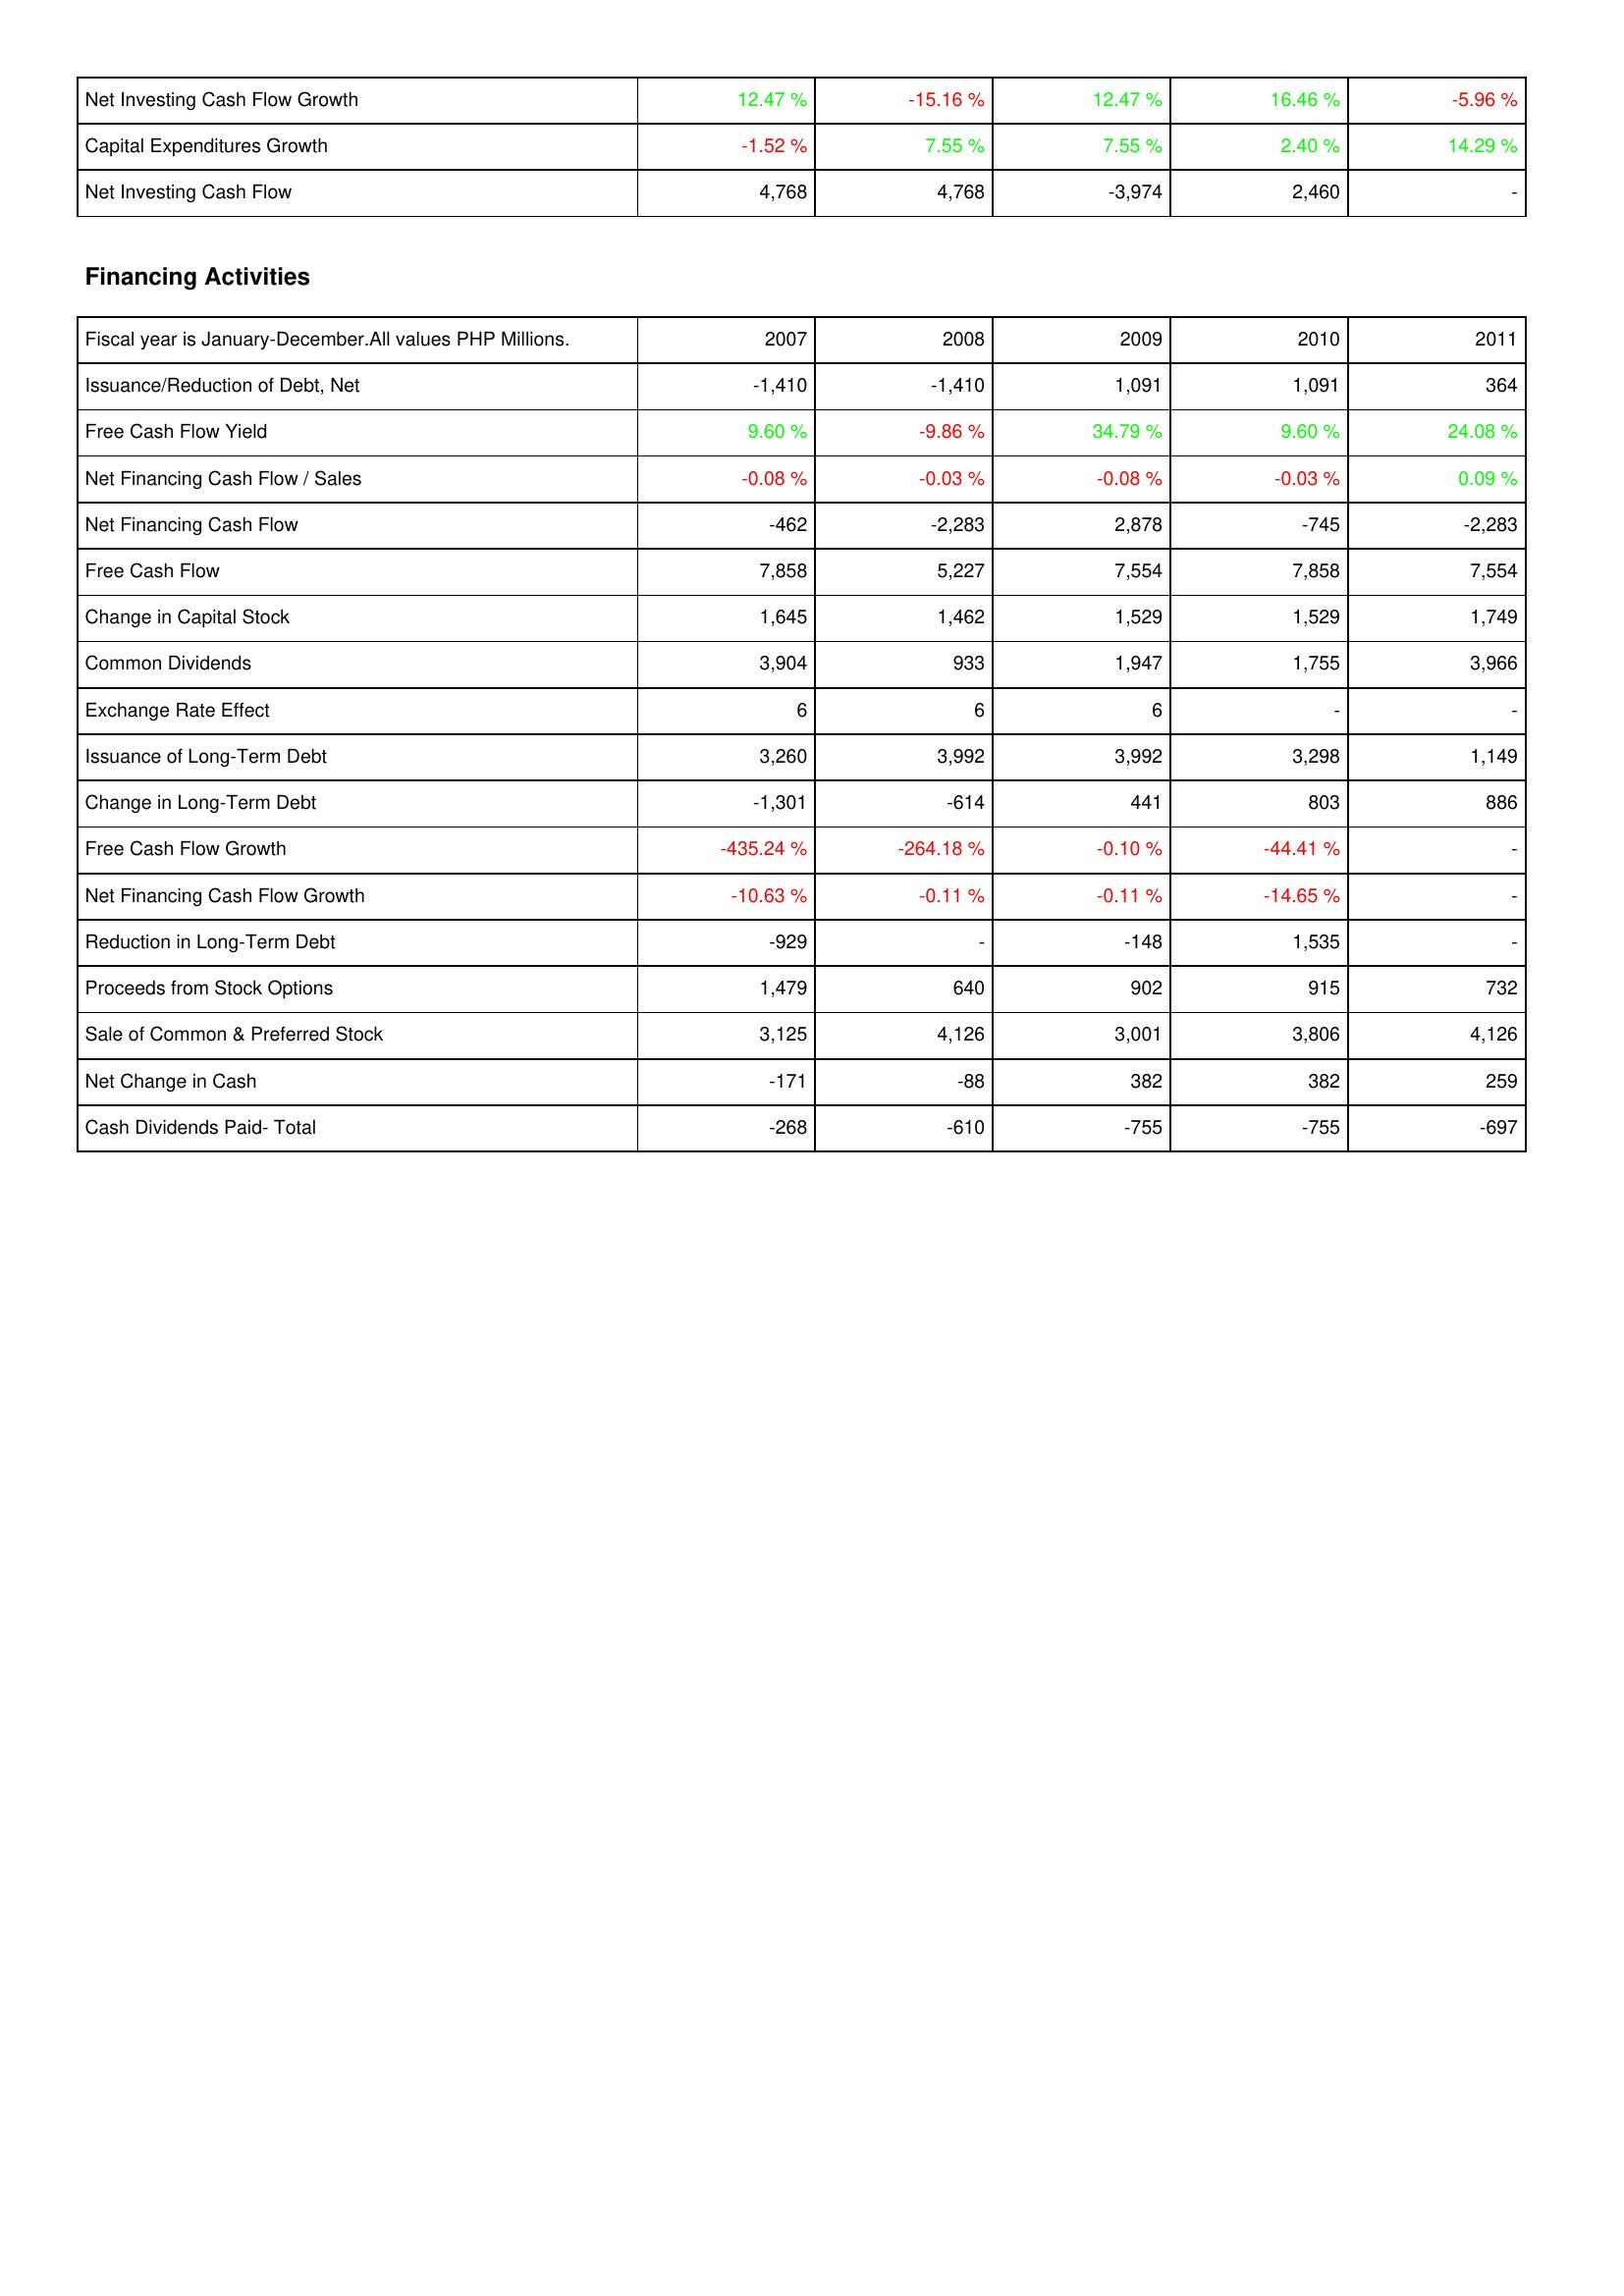
2007: Investing Activities: Net Investing Cash Flow Growth: 12.47 %
Capital Expenditures Growth: -1.52 %
Net Investing Cash Flow: 4,768
Financing Activities: Issuance/Reduction of Debt, Net: -1,410
Free Cash Flow Yield: 9.60 %
Net Financing Cash Flow / Sales: -0.08 %
Net Financing Cash Flow: -462
Free Cash Flow: 7,858
Change in Capital Stock: 1,645
Common Dividends: 3,904
Exchange Rate Effect: 6
Issuance of Long-Term Debt: 3,260
Change in Long-Term Debt: -1,301
Free Cash Flow Growth: -435.24 %
Net Financing Cash Flow Growth: -10.63 %
Reduction in Long-Term Debt: -929
Proceeds from Stock Options: 1,479
Sale of Common & Preferred Stock: 3,125
Net Change in Cash: -171
Cash Dividends Paid- Total: -268
2008: Investing Activities: Net Investing Cash Flow Growth: -15.16 %
Capital Expenditures Growth: 7.55 %
Net Investing Cash Flow: 4,768
Financing Activities: Issuance/Reduction of Debt, Net: -1,410
Free Cash Flow Yield: -9.86 %
Net Financing Cash Flow / Sales: -0.03 %
Net Financing Cash Flow: -2,283
Free Cash Flow: 5,227
Change in Capital Stock: 1,462
Common Dividends: 933
Exchange Rate Effect: 6
Issuance of Long-Term Debt: 3,992
Change in Long-Term Debt: -614
Free Cash Flow Growth: -264.18 %
Net Financing Cash Flow Growth: -0.11 %
Reduction in Long-Term Debt: -
Proceeds from Stock Options: 640
Sale of Common & Preferred Stock: 4,126
Net Change in Cash: -88
Cash Dividends Paid- Total: -610
2009: Investing Activities: Net Investing Cash Flow Growth: 12.47 %
Capital Expenditures Growth: 7.55 %
Net Investing Cash Flow: -3,974
Financing Activities: Issuance/Reduction of Debt, Net: 1,091
Free Cash Flow Yield: 34.79 %
Net Financing Cash Flow / Sales: -0.08 %
Net Financing Cash Flow: 2,878
Free Cash Flow: 7,554
Change in Capital Stock: 1,529
Common Dividends: 1,947
Exchange Rate Effect: 6
Issuance of Long-Term Debt: 3,992
Change in Long-Term Debt: 441
Free Cash Flow Growth: -0.10 %
Net Financing Cash Flow Growth: -0.11 %
Reduction in Long-Term Debt: -148
Proceeds from Stock Options: 902
Sale of Common & Preferred Stock: 3,001
Net Change in Cash: 382
Cash Dividends Paid- Total: -755
2010: Investing Activities: Net Investing Cash Flow Growth: 16.46 %
Capital Expenditures Growth: 2.40 %
Net Investing Cash Flow: 2,460
Financing Activities: Issuance/Reduction of Debt, Net: 1,091
Free Cash Flow Yield: 9.60 %
Net Financing Cash Flow / Sales: -0.03 %
Net Financing Cash Flow: -745
Free Cash Flow: 7,858
Change in Capital Stock: 1,529
Common Dividends: 1,755
Exchange Rate Effect: -
Issuance of Long-Term Debt: 3,298
Change in Long-Term Debt: 803
Free Cash Flow Growth: -44.41 %
Net Financing Cash Flow Growth: -14.65 %
Reduction in Long-Term Debt: 1,535
Proceeds from Stock Options: 915
Sale of Common & Preferred Stock: 3,806
Net Change in Cash: 382
Cash Dividends Paid- Total: -755
2011: Investing Activities: Net Investing Cash Flow Growth: -5.96 %
Capital Expenditures Growth: 14.29 %
Net Investing Cash Flow: -
Financing Activities: Issuance/Reduction of Debt, Net: 364
Free Cash Flow Yield: 24.08 %
Net Financing Cash Flow / Sales: 0.09 %
Net Financing Cash Flow: -2,283
Free Cash Flow: 7,554
Change in Capital Stock: 1,749
Common Dividends: 3,966
Exchange Rate Effect: -
Issuance of Long-Term Debt: 1,149
Change in Long-Term Debt: 886
Free Cash Flow Growth: -
Net Financing Cash Flow Growth: -
Reduction in Long-Term Debt: -
Proceeds from Stock Options: 732
Sale of Common & Preferred Stock: 4,126
Net Change in Cash: 259
Cash Dividends Paid- Total: -697